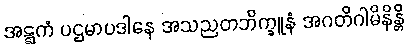
အဋ္ဋကံ ပဌမာပဒါနေ အသညတဘိက္ခူနံ အဂတိဂါမိနိန္တိ